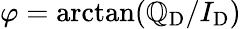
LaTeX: \varphi=\arctan(\mathbb{Q}_{\mathrm{{D}}}/I_{\mathrm{{D}}})